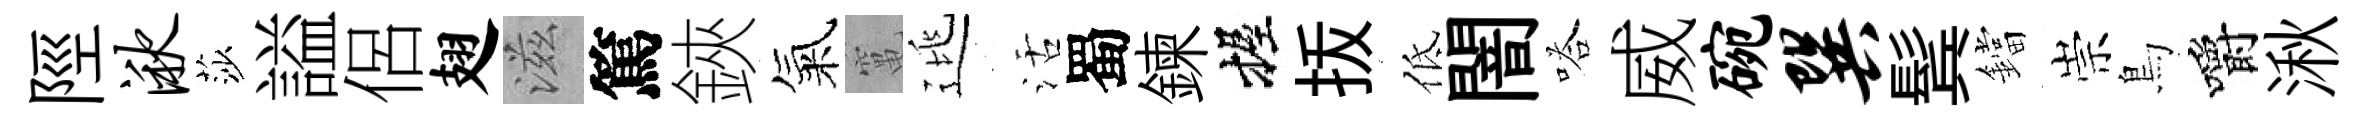
陘湫莎謚侶翅滋篤鋏氣𥧄逃活蜀鍊握㧞低闇嗒威碗巽鬂鐺崇鳥嚼湫